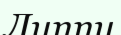
Липпи